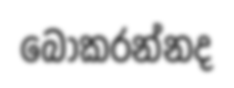
බෝකරන්නද